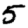
Digit: 5